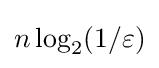
n\log _{2}(1/\varepsilon )